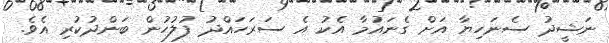
ނަޝީދު ސެނަހިޔާ އަށް ގެނައުމާ އެކު އެ ސަރަހައްދު ފުލުހުން ބަންދުކުރި އެވެ.